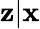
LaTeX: \mathbf{z}|\mathbf{x}